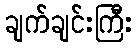
ချက်ချင်းကြီး